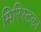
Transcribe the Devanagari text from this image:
मिरिस्टका